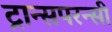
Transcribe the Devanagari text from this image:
ट्रान्सपरन्सी